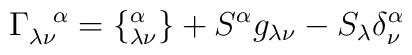
\Gamma_{\lambda \nu}^{\hspace{.3 true cm} \alpha} =\{^{\alpha}_{\lambda \nu}\} + S^{\alpha}g_{\lambda \nu} - S_{\lambda} \delta^{\alpha}_{\nu}